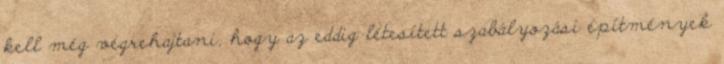
kell még végrehajtani, hogy az eddig létesített szabályozási építmények